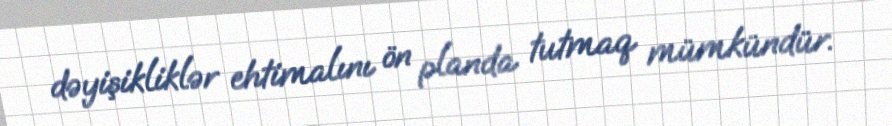
dəyişikliklər ehtimalını ön planda tutmaq mümkündür.